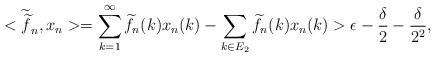
LaTeX: \begin{align*}<{\widetilde{\widetilde{f}}}_{n},x_{n}>=\sum_{k=1}^{\infty}\widetilde{f}_{n}(k)x_{n}(k)-\sum_{k\in E_{2}}\widetilde{f}_{n}(k)x_{n}(k)>\epsilon-\frac{\delta}{2}-\frac{\delta}{2^{2}},\end{align*}